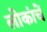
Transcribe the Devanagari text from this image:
लोकांचें